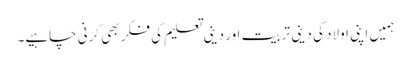
ہمیں اپنی اولاد کی دینی تربیت اور دینی تعلیم کی فکر بھی کرنی چاہیے۔